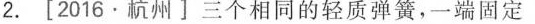
2.[2016.杭州]三个相同的轻质弹簧，一端固定